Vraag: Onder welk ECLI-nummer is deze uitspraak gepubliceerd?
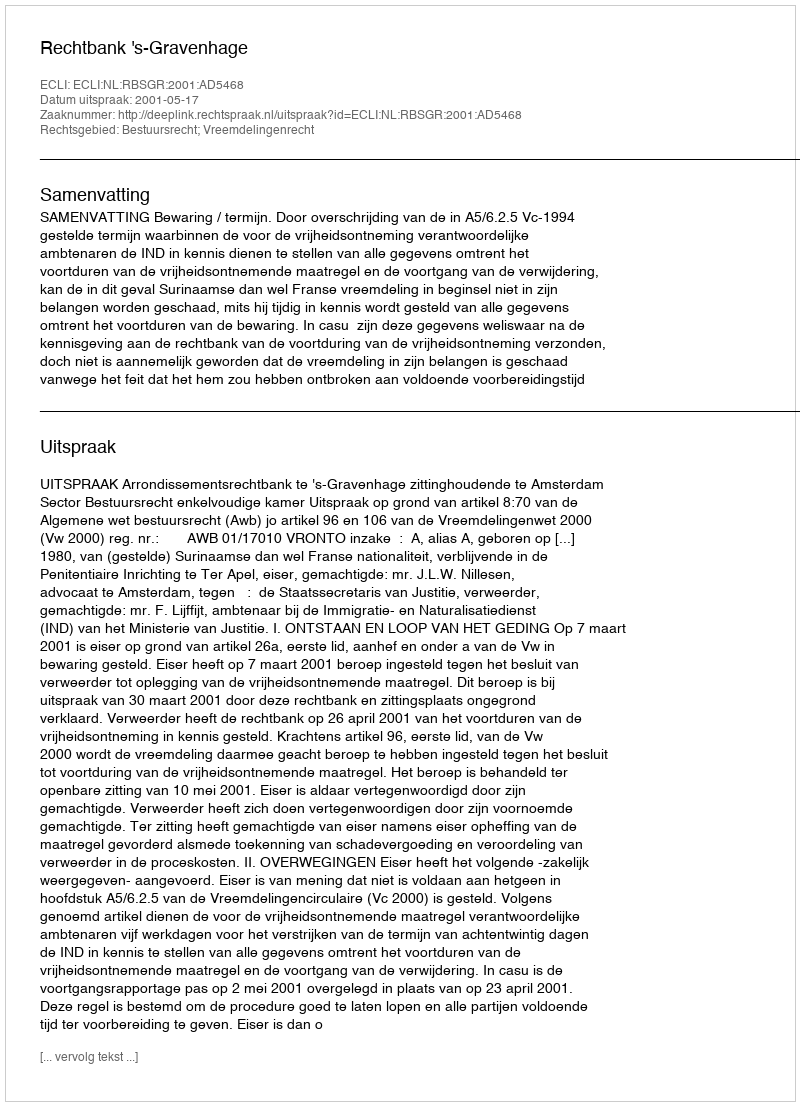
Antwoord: ECLI:NL:RBSGR:2001:AD5468